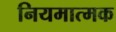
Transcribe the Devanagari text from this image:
नियमात्मक